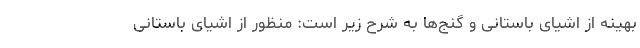
بهینه از اشیای باستانی و گنج‌ها به شرح زیر است: منظور از اشیای باستانی